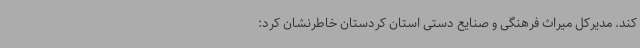
کند. مدیرکل میراث فرهنگی و صنایع دستی استان کردستان خاطرنشان کرد: